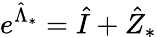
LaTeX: e^{\hat{\Lambda}_{*}}=\hat{I}+\hat{Z}_{*}